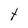
Character: t